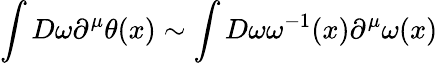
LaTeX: \int D\omega\partial^{\mu}\theta(x)\sim\int D\omega\omega^{-1}(x)\partial^{\mu}\omega(x)